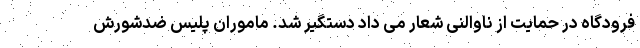
فرودگاه در حمایت از ناوالنی شعار می داد دستگیر شد. ماموران پلیس ضدشورش